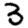
Digit: 3